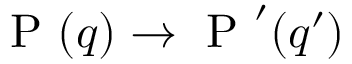
\mathrm { ~ P ~ } ( q ) \rightarrow \mathrm { ~ P ~ } ^ { \prime } ( q ^ { \prime } )